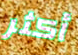
أكثر